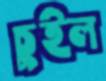
চুইল